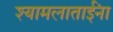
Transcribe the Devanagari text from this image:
श्यामलाताईंना